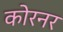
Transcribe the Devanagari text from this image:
कोरनर